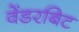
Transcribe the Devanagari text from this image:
वेंडरबिट